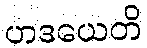
ဟဒယေတိ